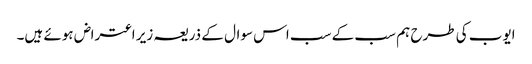
ایوب کی طرح ہم سب کے سب اس سوال کے ذریعہ زیر اعتراض ہوئے ہیں۔